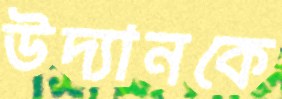
উদ্যানকে